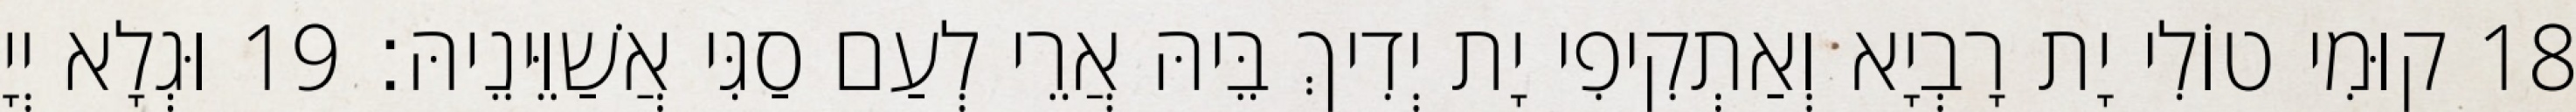
18 קוּמִי טוֹלִי יָת רָבְיָא וְאַתְקִיפִי יָת יְדִיךְ בֵּיהּ אֲרֵי לְעַם סַגִּי אֲשַׁוֵּינֵיהּ׃ 19 וּגְלָא יְיָ